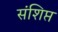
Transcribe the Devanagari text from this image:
संशिप्त